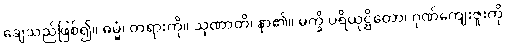
ချေသည်ဖြစ်၍။ ဓမ္မံ၊ တရားကို။ သုဏာတိ၊ နာ၏။ မက္ခိ ပရိယုဋ္ဌိတော၊ ဂုဏ်ကျေးဇူးကို